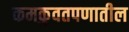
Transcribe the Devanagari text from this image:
कमकुवतपणातील